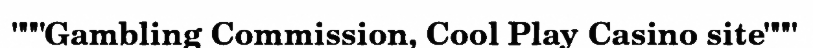
"""Gambling Commission, Cool Play Casino site"""